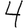
Digit: 4